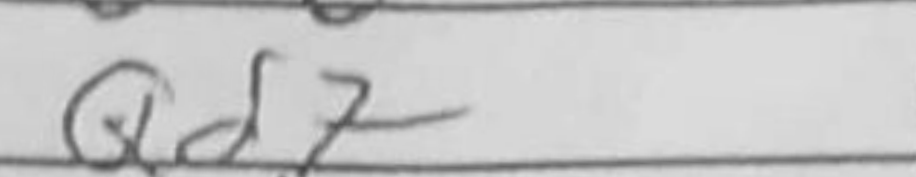
Transcription: Qd7